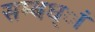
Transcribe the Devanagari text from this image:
सम्बध्ां